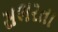
સભરતા